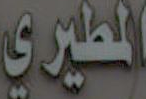
المطيري